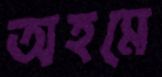
অহমে